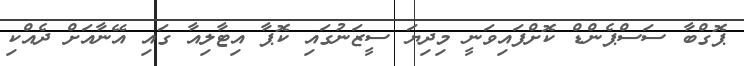
ޕޮގްބާ ސަސްޕެންޑް ކޮށްފައިވަނީ މިދިޔަ ސީޒަނުގައި ކޮޕާ އިޓާލިއާ ގައި އޭނާއަށް ދެއްކި